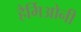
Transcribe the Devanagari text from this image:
हैर्मिओनी